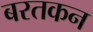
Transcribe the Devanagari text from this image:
बरतकन